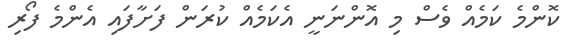
ކޮންމެ ކަމެއް ވެސް މި އޮންނަނީ އެކަމެއް ކުރަން ފަށާފައި އެންމެ ފޯރި